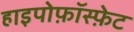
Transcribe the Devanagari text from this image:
हाइपोफ़ॉस्फ़ेट